Indian journal of veterinary science and animal husbandry - Volumes 18-21, 1948-1951
Year: 1948
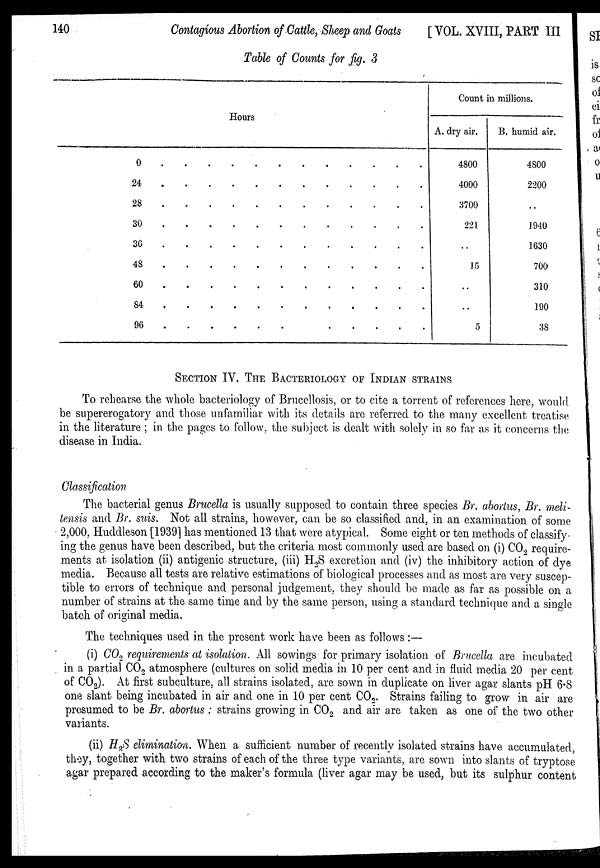
140
Contagious Abortion of Cattle, Sheep and Goats
[VOL. XVIII, PART III
Table of Counts for fig. 3
0
24
28
30
36
48
60
84
96
Hours
. . . . . . . . . . . .
. . . . . . . . . . . .
. . . . . . . . . . . .
. . . . . . . . . . . .
. . . . . . . . . . . .
. . . . . . . . . . . .
. . . . . . . . . . . .
. . . . . . . . . . . .
. . . . . . . . . . . .
Count in millions.
A. dry air.
4800
4000
3700
221
. .
15
. .
. .
5
B. humid air.
4800
2200
. .
1940
1630
700
310
190
38
SECTION IV. THE BACTERIOLOGY OF INDIAN STRAINS
To rehearse the whole bacteriology of Brucellosis, or to cite a torrent of references here, would
be supererogatory and those unfamiliar with its details are referred to the many excellent treatise
in the literature ; in the pages to follow, the subject is dealt with solely in so far as it concerns the
disease in India.
Classification
The bacterial genus Brucella is usually supposed to contain three species Br. abortus, Br. meli-
tensis and Br. suis. Not all strains, however, can be so classified and, in an examination of some
2,000, Huddleson [1939] has mentioned 13 that were atypical. Some eight or ten methods of classify-
ing the genus have been described, but the criteria most commonly used are based on (i) CO 2 require-
ments at isolation (ii) antigenic structure, (iii) H 2 S excretion and (iv) the inhibitory action of dye
media. Because all tests are relative estimations of biological processes and as most are very suscep-
tible to errors of technique and personal judgement, they should be made as far as possible on a
number of strains at the same time and by the same person, using a standard technique and a single
batch of original media.
The techniques used in the present work have been as follows :—
(i) CO 2 requirements at isolation. All sowings for primary isolation of Brucella are incubated
in a partial CO 2 atmosphere (cultures on solid media in 10 per cent and in fluid media 20 per cent
of CO 2 ). At first subculture, all strains isolated, are sown in duplicate on liver agar slants pH 6.8
one slant being incubated in air and one in 10 per cent CO 2 . Strains failing to grow in air are
presumed to be Br. abortus ; strains growing in CO 2 and air are taken as one of the two other
variants.
(ii) H 2 S elimination. When a sufficient number of recently isolated strains have accumulated,
they, together with two strains of each of the three type variants, are sown into slants of tryptose
agar prepared according to the maker's formula (liver agar may be used, but its sulphur content